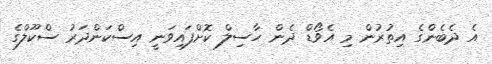
އެ ދެބެންގެ އިތުރުން މި އެވޯޑް ދެން ހާސިލް ކޮށްފައިވަނީ އިސްކަންދަރު ސްކޫލްގެ